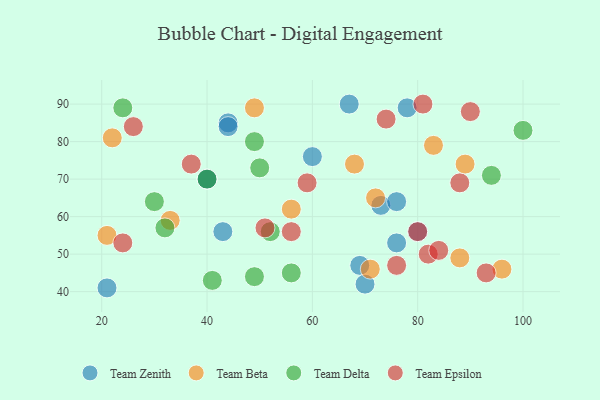
{"axis": {"x": "GDP", "y": "Life Expectancy"}, "legend": ["Team Beta", "Team Delta", "Team Epsilon", "Team Zenith"], "data": [{"x": "67", "y": 90, "type": "Team Zenith"}, {"x": "44", "y": 85, "type": "Team Zenith"}, {"x": "60", "y": 76, "type": "Team Zenith"}, {"x": "40", "y": 70, "type": "Team Zenith"}, {"x": "73", "y": 63, "type": "Team Zenith"}, {"x": "69", "y": 47, "type": "Team Zenith"}, {"x": "76", "y": 53, "type": "Team Zenith"}, {"x": "80", "y": 56, "type": "Team Zenith"}, {"x": "43", "y": 56, "type": "Team Zenith"}, {"x": "21", "y": 41, "type": "Team Zenith"}, {"x": "76", "y": 64, "type": "Team Zenith"}, {"x": "70", "y": 42, "type": "Team Zenith"}, {"x": "40", "y": 70, "type": "Team Zenith"}, {"x": "44", "y": 84, "type": "Team Zenith"}, {"x": "78", "y": 89, "type": "Team Zenith"}, {"x": "89", "y": 74, "type": "Team Beta"}, {"x": "72", "y": 65, "type": "Team Beta"}, {"x": "33", "y": 59, "type": "Team Beta"}, {"x": "49", "y": 89, "type": "Team Beta"}, {"x": "56", "y": 62, "type": "Team Beta"}, {"x": "71", "y": 46, "type": "Team Beta"}, {"x": "88", "y": 49, "type": "Team Beta"}, {"x": "68", "y": 74, "type": "Team Beta"}, {"x": "21", "y": 55, "type": "Team Beta"}, {"x": "83", "y": 79, "type": "Team Beta"}, {"x": "96", "y": 46, "type": "Team Beta"}, {"x": "22", "y": 81, "type": "Team Beta"}, {"x": "50", "y": 73, "type": "Team Delta"}, {"x": "30", "y": 64, "type": "Team Delta"}, {"x": "32", "y": 57, "type": "Team Delta"}, {"x": "56", "y": 45, "type": "Team Delta"}, {"x": "100", "y": 83, "type": "Team Delta"}, {"x": "49", "y": 80, "type": "Team Delta"}, {"x": "24", "y": 89, "type": "Team Delta"}, {"x": "49", "y": 44, "type": "Team Delta"}, {"x": "41", "y": 43, "type": "Team Delta"}, {"x": "52", "y": 56, "type": "Team Delta"}, {"x": "94", "y": 71, "type": "Team Delta"}, {"x": "40", "y": 70, "type": "Team Delta"}, {"x": "26", "y": 84, "type": "Team Epsilon"}, {"x": "76", "y": 47, "type": "Team Epsilon"}, {"x": "59", "y": 69, "type": "Team Epsilon"}, {"x": "74", "y": 86, "type": "Team Epsilon"}, {"x": "93", "y": 45, "type": "Team Epsilon"}, {"x": "80", "y": 56, "type": "Team Epsilon"}, {"x": "37", "y": 74, "type": "Team Epsilon"}, {"x": "88", "y": 69, "type": "Team Epsilon"}, {"x": "51", "y": 57, "type": "Team Epsilon"}, {"x": "82", "y": 50, "type": "Team Epsilon"}, {"x": "81", "y": 90, "type": "Team Epsilon"}, {"x": "90", "y": 88, "type": "Team Epsilon"}, {"x": "24", "y": 53, "type": "Team Epsilon"}, {"x": "84", "y": 51, "type": "Team Epsilon"}, {"x": "56", "y": 56, "type": "Team Epsilon"}]}